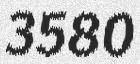
3580